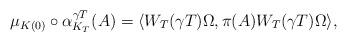
LaTeX: \begin{align*}\mu_{K(0)}\circ\alpha_{K_T}^{\gamma T}(A)=\langle W_T(\gamma T)\Omega,\pi(A)W_T(\gamma T)\Omega\rangle,\end{align*}